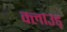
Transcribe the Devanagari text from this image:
क्लाउड्